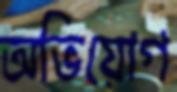
অভিয়োগ